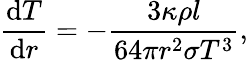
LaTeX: {\frac{{\mathrm{d}}T}{{\mathrm{d}}r}}=-{\frac{3\kappa\rho l}{64\pi r^{2}\sigma T^{3}}},